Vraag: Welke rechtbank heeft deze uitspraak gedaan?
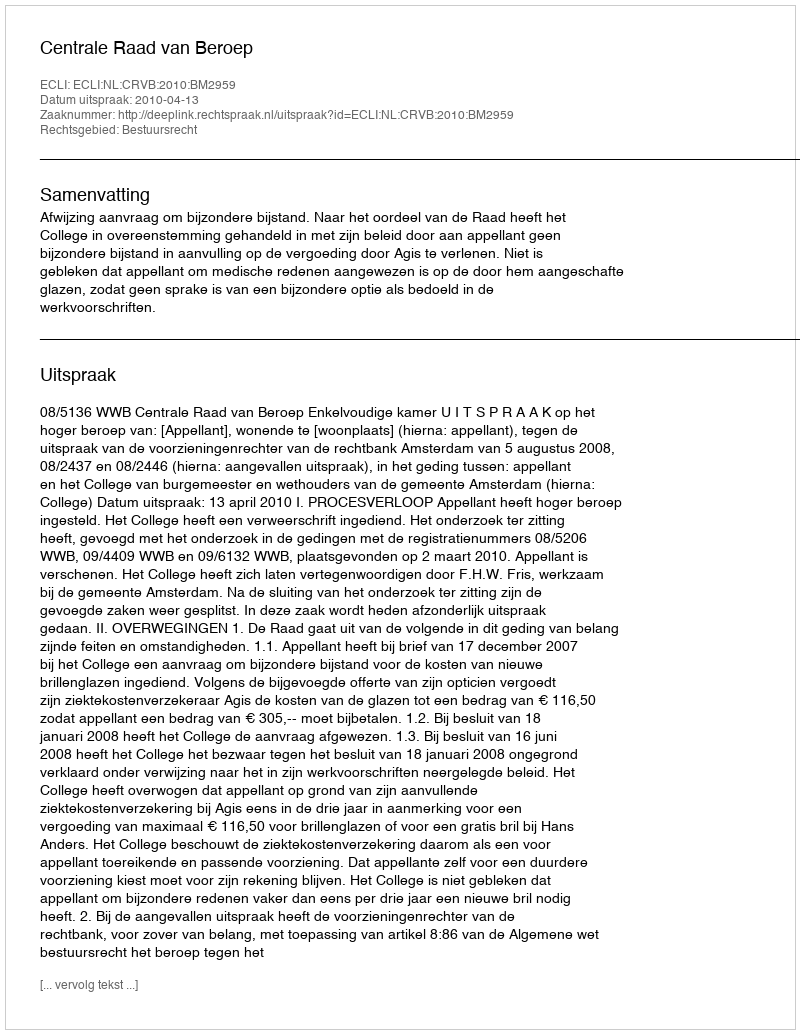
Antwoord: Centrale Raad van Beroep